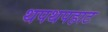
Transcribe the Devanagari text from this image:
थपथपहाट